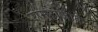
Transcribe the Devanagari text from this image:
रामराजाके